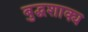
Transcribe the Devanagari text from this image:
बुद्धशाक्य